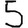
Digit: 5